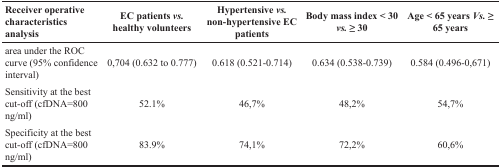
<table><thead><tr><td><b>Receiver operative characteristics analysis</b></td><td><b>EC patients <i>vs.</i> healthy volunteers</b></td><td><b>Hypertensive <i>vs.</i> non-hypertensive EC patients</b></td><td><b>Body mass index &lt; 30 <i>vs.</i> ≥ 30</b></td><td><b>Age &lt; 65 years <i>Vs.</i> ≥ 65 years</b></td></tr></thead><tbody><tr><td>area under the ROC curve (95% confidence interval)</td><td>0,704 (0.632 to 0.777)</td><td>0.618 (0.521-0.714)</td><td>0.634 (0.538-0.739)</td><td>0.584 (0.496-0,671)</td></tr><tr><td>Sensitivity at the best cut-off (cfDNA=800 ng/ml)</td><td>52.1%</td><td>46,7%</td><td>48,2%</td><td>54,7%</td></tr><tr><td>Specificity at the best cut-off (cfDNA=800 ng/ml)</td><td>83.9%</td><td>74,1%</td><td>72,2%</td><td>60,6%</td></tr></tbody></table>